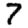
Digit: 7